Plague in India, 1896, 1897 - Volume 3
Year: 1896
Disease focus: Plague
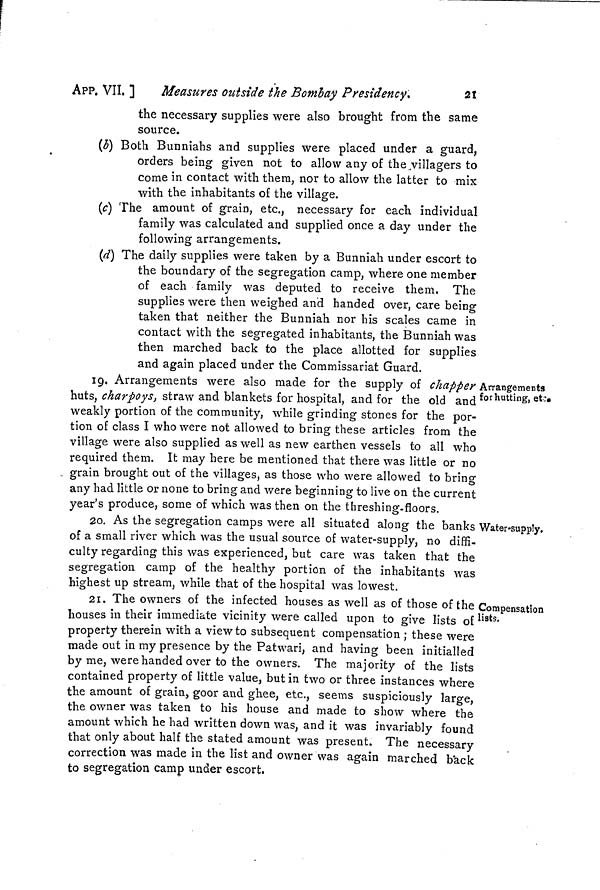
APP. VII. ]
Measures outside the Bombay Presidency.
21
the necessary supplies were also brought from the same
source.
(b] Both Bunniahs and supplies were placed under a guard,
orders being given not to allow any of the villagers to
come in contact with them, nor to allow the latter to mix
with the inhabitants of the village.
(c] The amount of grain, etc., necessary for each individual
family was calculated and supplied once a day under the
following arrangements.
(d] The daily supplies were taken by a Bunniah under escort to
the boundary of the segregation camp, where one member
of each family was deputed to receive them. The
supplies were then weighed and handed over, care being
taken that neither the Bunniah nor his scales came in
contact with the segregated inhabitants, the Bunniah was
then marched back to the place allotted for supplies
and again placed under the Commissariat Guard.
Arrangements
for hutting, et:
19. Arrangements were also made for the supply of chapper i
huts, charpoys, straw and blankets for hospital, and for the old and
weakly portion of the community, while grinding stones for the por-
tion of class I who were not allowed to bring these articles from the
village were also supplied as well as new earthen vessels to all who
required them. It may here be mentioned that there was little or no
grain brought out of the villages, as those who were allowed to bring
any had little or none to bring and were beginning to live on the current
year's produce, some of which was then on the threshing-floors.
Water-supply.
20. As the segregation camps were all situated along the banks
of a small river which was the usual source of water-supply, no diffi-
culty regarding this was experienced, but care was taken that the
segregation camp of the healthy portion of the inhabitants was
highest up stream, while that of the hospital was lowest.
Compensation
lists.
21. The owners of the infected houses as well as of those of the <
houses in their immediate vicinity were called upon to give lists of
property therein with a view to subsequent compensation ; these were
made out in my presence by the Patwari, and having been initialled
by me, were handed over to the owners. The majority of the lists
contained property of little value, but in two or three instances where
the amount of grain, goor and ghee, etc., seems suspiciously large,
the owner was taken to his house and made to show where the
amount which he had written down was, and it was invariably found
that only about half the stated amount was present. The necessary
correction was made in the list and owner was again marched back
to segregation camp under escort.